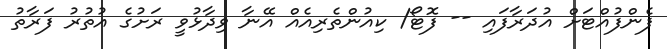
ފެންފުއްޓަށް އުދަރާފައި -- ފޮޓޯ/ ކިއުންތެރިއެއް އޭނާ ވިދާޅުވީ ރަށުގެ އުތުރު ފަރާތު